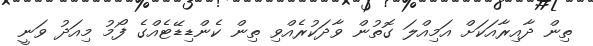
ތިން ދާއިރާއަކަށް އަމިއްލަ ގޮތުން ވާދަކުރެއްވި ތިން ކެންޑިޑޭޓެއްގެ ފޯމު މިއަދު ވަނީ